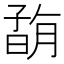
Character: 𡦇